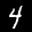
Label: 4